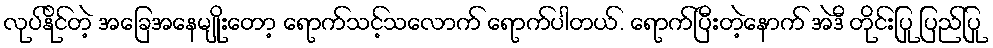
လုပ်နိုင်တဲ့ အခြေအနေမျိုးတော့ ရောက်သင့်သလောက် ရောက်ပါတယ်. ရောက်ပြီးတဲ့နောက် အဲဒီ တိုင်းပြု ပြည်ပြု